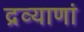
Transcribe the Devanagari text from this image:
द्रव्याणां